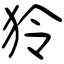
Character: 狑